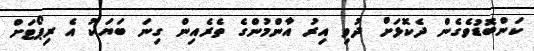
ކަންބޮޑުވެގެން ދެކޮޅަށް ދުވި އިރު އާންމުންގެ ތެރެއިން ގިނަ ބަޔަކު އެ ރިޕޯޓަށް